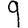
Digit: 9